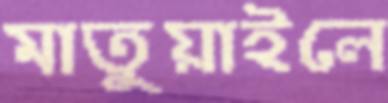
মাতুয়াইলে